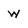
Character: w